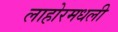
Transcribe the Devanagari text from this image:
लाहोरमधली